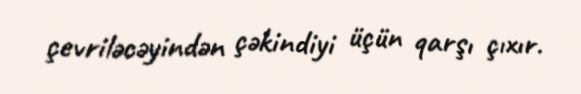
çevriləcəyindən çəkindiyi üçün qarşı çıxır.